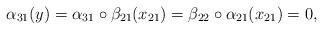
LaTeX: \begin{align*}\alpha_{31}(y) = \alpha_{31} \circ \beta_{21}(x_{21}) = \beta_{22} \circ \alpha_{21}(x_{21}) = 0,\end{align*}